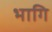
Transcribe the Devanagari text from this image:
भागि